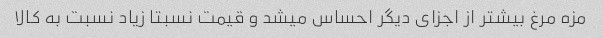
مزه مرغ بیشتر از اجزای دیگر احساس میشد و قیمت نسبتا زیاد نسبت به کالا